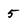
Character: 5